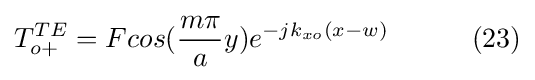
T_{o+}^{TE}=Fcos({\frac {m\pi }{a}}y)e^{-jk_{xo}(x-w)}\ \ \ \ \ \ \ \ \ (23)